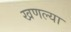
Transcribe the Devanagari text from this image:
खणल्या